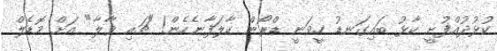
ކުޅުދުއްފުށީ ކާޅު ބައިގަނޑު ހީވަނީ ޑްރޯން ކާލަފާނެހެން! "ޗައި ވާލާ" އަށް މޮޑެލް